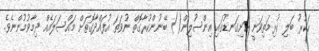
ހަކުރު ބަލި ކުރިމަތިވަނީ ހަށިގަނޑުގައި އިންސުލިން() ބޭނުންކުރާގޮތް ނުވަތަ އުފައްދާގޮތަށް މައްސަލައެއް ދިމާވުމުންނެވެ.